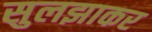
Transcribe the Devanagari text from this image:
सुलझाकर